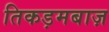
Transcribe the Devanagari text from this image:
तिकड़मबाज़